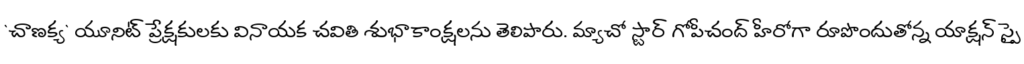
`చాణక్య` యూనిట్ ప్రేక్షకులకు వినాయక చవితి శుభాకాంక్షలను తెలిపారు. మ్యాచో స్టార్ గోపీచంద్ హీరోగా రూపొందుతోన్న యాక్షన్ స్పై